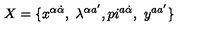
X = \{ x ^ { \alpha \dot { \alpha } } , \ \lambda ^ { \alpha a ^ { \prime } } , p i ^ { a \dot { \alpha } } , \ y ^ { a a ^ { \prime } } \}